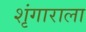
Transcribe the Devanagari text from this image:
शृंगाराला